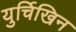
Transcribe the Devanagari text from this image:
युर्चिखिन